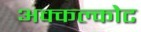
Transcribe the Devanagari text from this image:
अक्कल्कोट